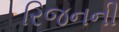
રિજનની